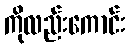
ကိုလည်းကောင်း